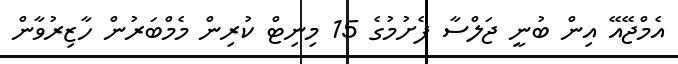
އެމްޖޭއޭ އިން ބުނީ ޖަލްސާ ފެށުމުގެ 15 މިނިޓް ކުރިން މެމްބަރުން ހާޒިރުވާން